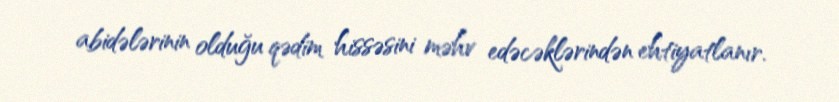
abidələrinin olduğu qədim hissəsini məhv edəcəklərindən ehtiyatlanır.